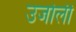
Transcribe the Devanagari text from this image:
उजोली